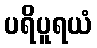
ပရိပူရယံ